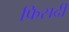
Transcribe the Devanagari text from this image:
फिसदी